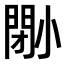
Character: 𡮤